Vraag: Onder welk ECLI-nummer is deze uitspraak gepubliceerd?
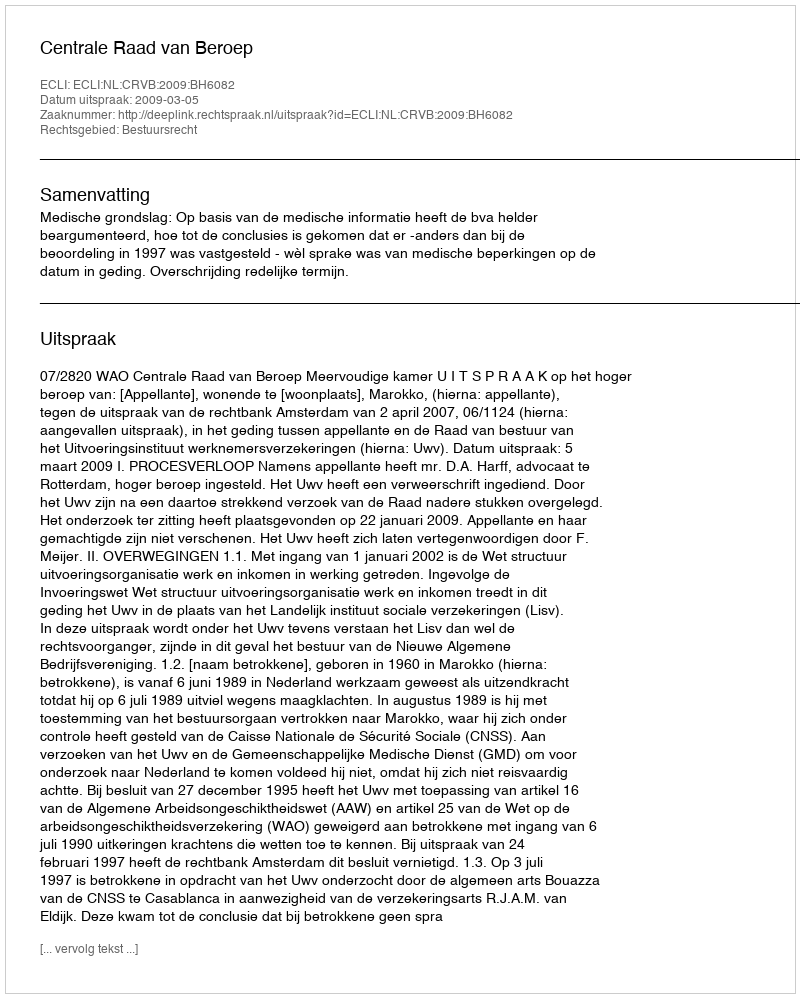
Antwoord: ECLI:NL:CRVB:2009:BH6082